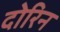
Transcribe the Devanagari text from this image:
दोरिन